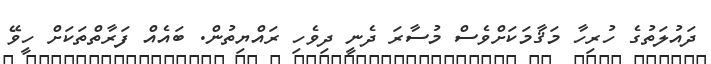
ދައުލަތުގެ ހުރިހާ މަޤާމަކަށްވެސް މުސާރަ ދެނީ ދިވެހި ރައްޔިތުން. ބައެއް ފަރާތްތަކަށް ހީވޭ